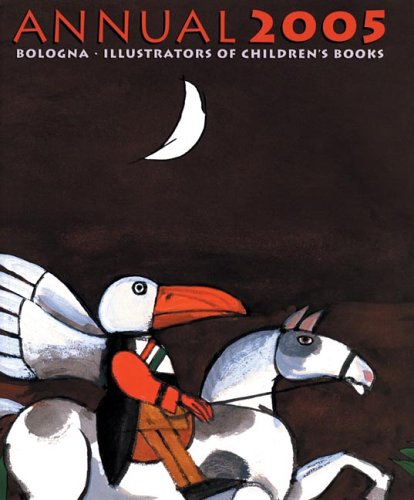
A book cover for Bologna Annual 2005 - Illustrators of Children's Books (Bologna Annual: Fiction); Teen & Young Adult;